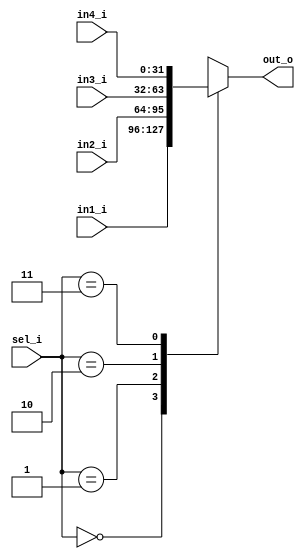
// Name: mux4_to_1_v3.v
//
// Description: Third option of multiplexer 4 inputs 1 output

module mux4_to_1 #(
  parameter Width = 32
) (
  input      [Width-1:0] in1_i,
  input      [Width-1:0] in2_i,
  input      [Width-1:0] in3_i,
  input      [Width-1:0] in4_i,
  input            [1:0] sel_i,
  output reg [Width-1:0] out_o
);

  always @(in1_i, in2_i, in3_i, in4_i, sel_i) begin
    case (sel_i)
      2'd0    : out_o = in1_i;
      2'd1    : out_o = in2_i;
      2'd2    : out_o = in3_i;
      2'd3    : out_o = in4_i;
      default : out_o = 0;
    endcase
  end

endmodule